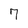
Character: 7